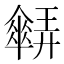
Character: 𠑋